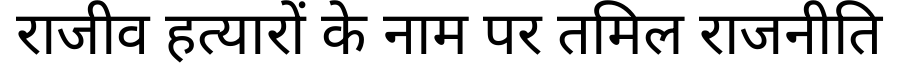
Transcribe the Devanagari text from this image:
राजीव हत्यारों के नाम पर तमिल राजनीति